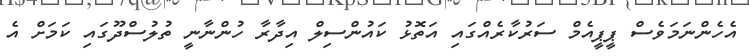
އެހެންނަމަވެސް ޕީޕީއެމް ސަރުކާރެއްގައި އަތޮޅު ކައުންސިލް އިދާރާ ހުންނާނީ ތުލުސްދޫގައި ކަމަށް އެ